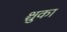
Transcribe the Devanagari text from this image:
श्चुका